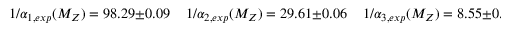
1 / \alpha _ { 1 , e x p } ( M _ { Z } ) = 9 8 . 2 9 \pm 0 . 0 9 \; \; \; \; 1 / \alpha _ { 2 , e x p } ( M _ { Z } ) = 2 9 . 6 1 \pm 0 . 0 6 \; \; \; \; 1 / \alpha _ { 3 , e x p } ( M _ { Z } ) = 8 . 5 5 \pm 0 . 4 4